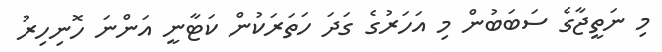
މި ނަތީޖާގެ ސަބަބުން މި އަހަރުގެ ގަދަ ހަތަރަކުން ކަޓާނީ އަންނަ ހޮނިހިރު